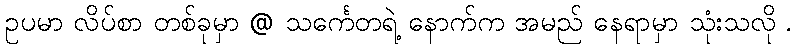
ဥပမာ လိပ်စာ တစ်ခုမှာ @ သင်္ကေတရဲ့ နောက်က အမည် နေရာမှာ သုံးသလို .